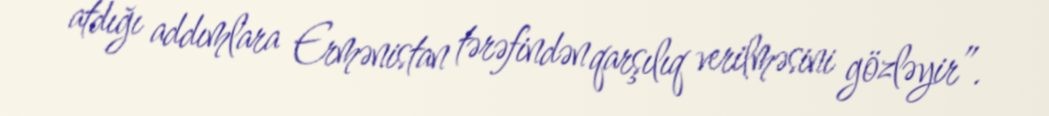
atdığı addımlara Ermənistan tərəfindən qarşılıq verilməsini gözləyir”.